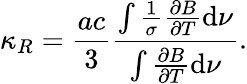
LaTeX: \kappa_{R}=\frac{ac}{3}\frac{\int\frac{1}{\sigma}\frac{\partial B}{\partial T}\mathrm{d}\nu}{\int\frac{\partial B}{\partial T}\mathrm{d}\nu}.